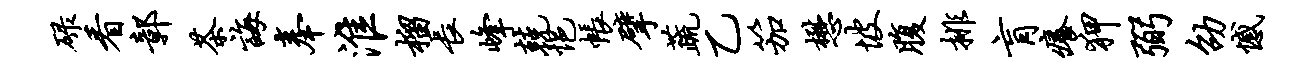
碌看鄣茶诲奉淮榴长峰兢悒帐擘蔬乙笳懋坡腹排肓痒狎弼劭憾